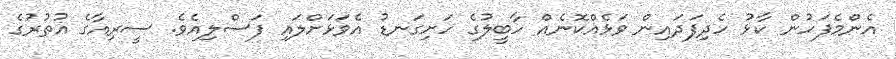
އެންމެފަހުން ކާޅު ހެދިފަދައިން ވަޅެއްކޮނެއް ހާބީލުގެ ހަށިގަނޑު އެވަޅަށްލައި ފަސްލިއެވެ. ސީރިއާގެ އުތުރުގެ